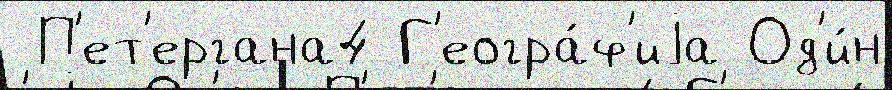
 П'ет'ергана4 Г'еогра́ф'иjа Од'и́н